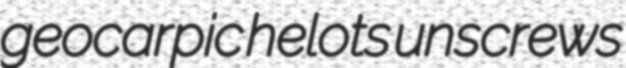
geocarpic helots unscrews